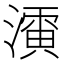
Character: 𱨨